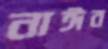
নাঈব